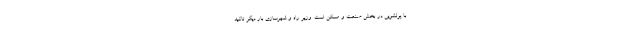
با پولشویی در بخش صنعت و مسکن است. وزیر راه و شهرسازی بار دیگر تاکید